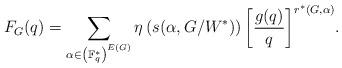
LaTeX: \begin{align*} F_G (q) = \sum_{\alpha \in \left(\mathbb F^*_q\right)^{E(G)}} {\eta\left(s(\alpha,G/W^*)\right) \left[ \frac{g(q)}q\right]^{r^*(G,\alpha)} }.\end{align*}